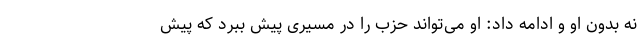
نه بدون او و ادامه داد: او می‌تواند حزب را در مسیری پیش ببرد که پیش